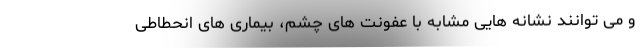
و می توانند نشانه هایی مشابه با عفونت های چشم، بیماری های انحطاطی